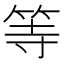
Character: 等